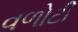
વળોટી